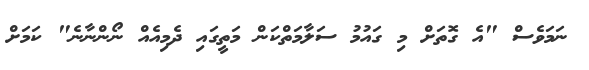
ނަމަވެސް "އެ ގޮތަށް މި ގައުމު ސަލާމަތްކަން މަތީގައި ދެމިއެއް ނޯންނާނެ" ކަމަށް